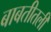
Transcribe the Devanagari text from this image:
बाबतीतली